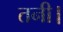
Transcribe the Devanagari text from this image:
तनी।